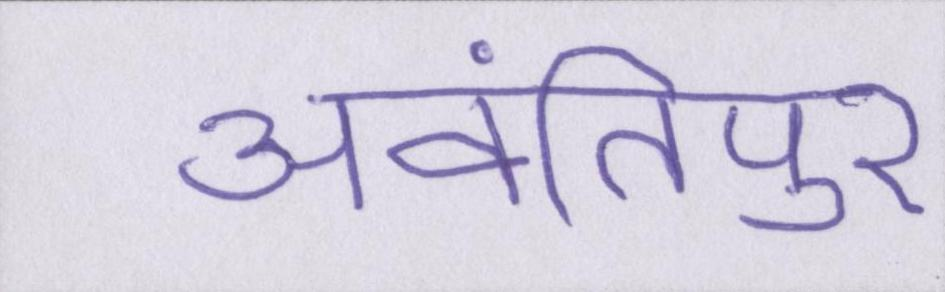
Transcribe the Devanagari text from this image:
अवंतिपुर